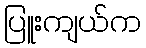
ပြူးကျယ်က